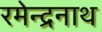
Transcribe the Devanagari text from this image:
रमेन्द्रनाथ